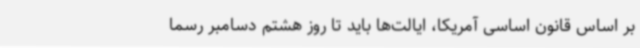
بر اساس قانون اساسی آمریکا، ایالت‌ها باید تا روز هشتم دسامبر رسما